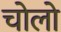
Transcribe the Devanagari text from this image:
चोलो